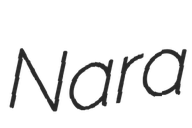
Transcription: Nara